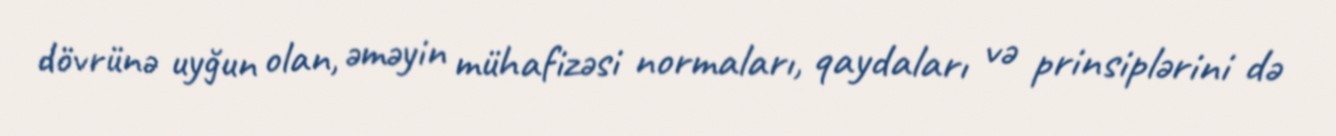
dövrünə uyğun olan, əməyin mühafizəsi normaları, qaydaları və prinsiplərini də